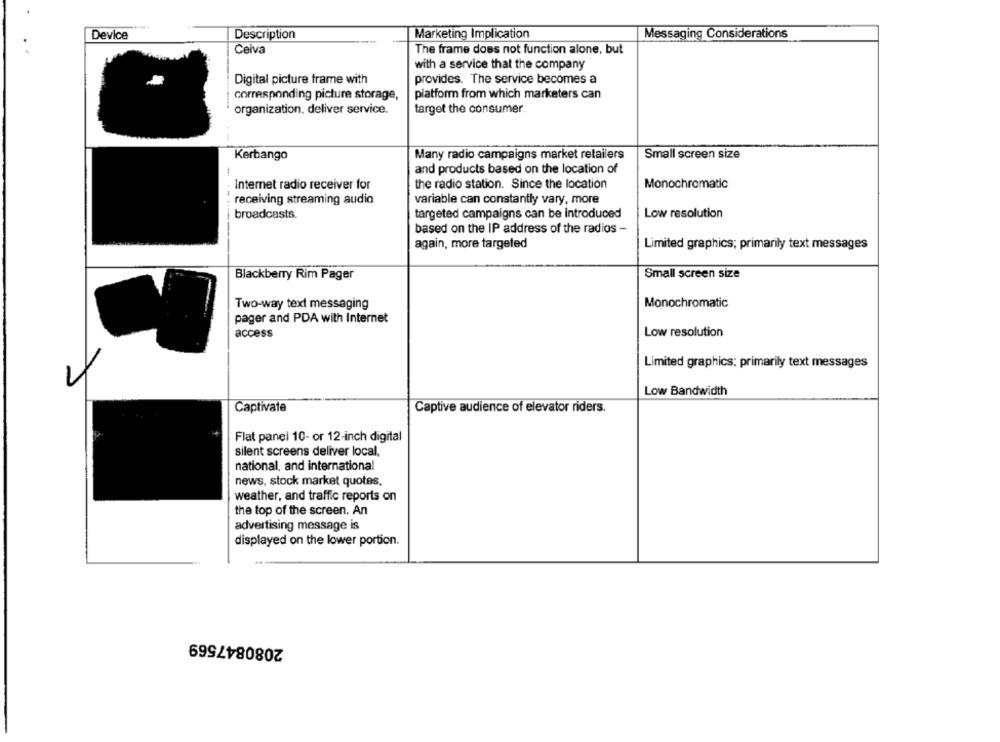
Device
Description
Marketing Implication
Messaging Considerations
Ceiva
The frame does not function alone, but
with a service that the company
Digital picture frame with
provides. The service becomes a
corresponding picture storage,
platform from which marketers can
organization, deliver service.
target the consumer.
Many radio campaigns market retailers
Small screen size
Kerbango
-
and products based on the location of
Internet radio receiver for
the radio station. Since the location
Monochromatic
receiving streaming audio
variable can constantly vary, more
broadcasts.
targeted campaigns can be introduced
Low resolution
based on the IP address of the radios -
again, more targeted
Limited graphics; primarily text messages
Small screen size
Blackberry Rim Pager
Monochromatic
Two-way text messaging
pager and PDA with Internet
access
Low resolution
Limited graphics; primarily text messages
Low Bandwidth
Captivate
Captive audience of elevator riders.
Flat panel 10- or 12-inch digital
silent screens deliver local,
national, and international
news, stock market quotes,
weather, and traffic reports on
the top of the screen. An
advertising message is
displayed on the lower portion.
2080847569